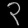
Digit: ၃